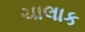
ચાલાક